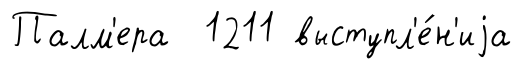
Палм'ера 1211 выступл'е́н'иjа